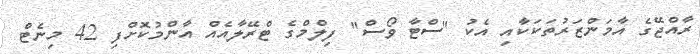
ރާއްޖޭގެ އާމަންޒަރުތަކަކާއި އެކު "ސްޓާ ވޯސް" ފިލްމްގެ ޓްރޭލާއެއް އާންމުކޮށްފި 42 މިނެޓް